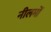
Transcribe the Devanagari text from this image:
नीलमों